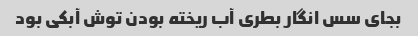
بجای سس انگار بطری آب ریخته بودن توش آبکی بود